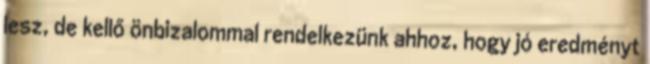
lesz, de kellő önbizalommal rendelkezünk ahhoz, hogy jó eredményt